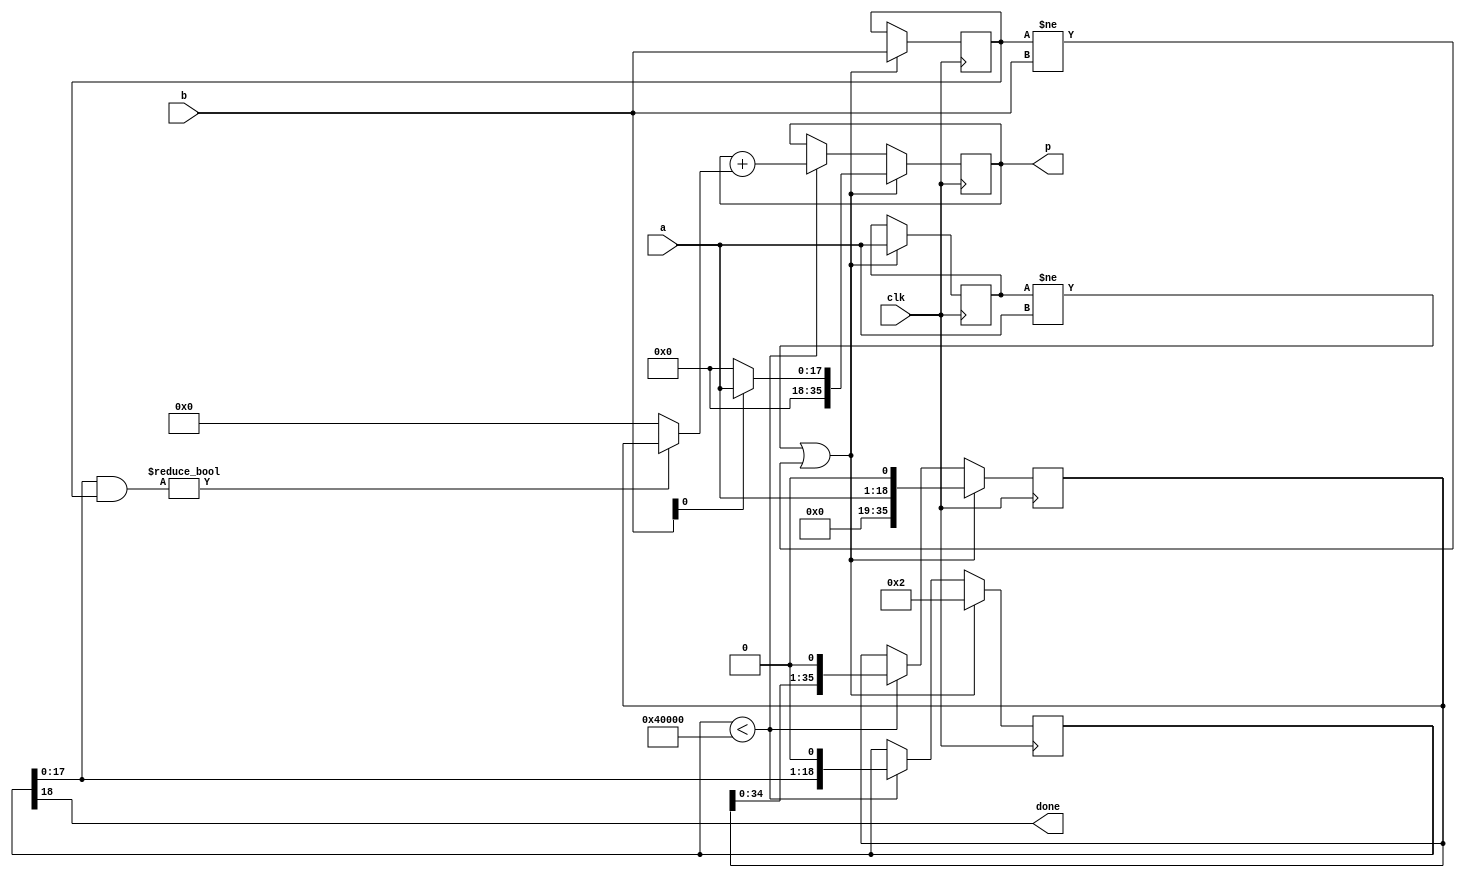
/***************************************************************************************************
*  multiplier.v
*
***************************************************************************************************/

module multiplier (
  input clk,
  input [17:0] a,
  input [17:0] b,
  output [35:0] p,
  output done
);

  reg [17:0] old_a;
  reg [17:0] old_b;
  reg [35:0] shift_a;
  reg [35:0] product;
  reg [18:0] bindex;
  assign p = product;
  assign done = bindex[18];
  

  always @(posedge clk) begin
    if ((old_a != a) || (old_b != b)) begin
	  bindex <= 19'h00001 << 1;
	  product <= {18'h00000, b[0] ? a : 18'h00000};
	  old_a <= a;
	  old_b <= b;
	  shift_a <= a << 1;
    end else if (bindex < 19'h40000) begin
	  product <= product + ((bindex[17:0] & old_b) ? shift_a : 0);
	  bindex <= bindex << 1;
	  shift_a <= shift_a << 1;
    end
  end

endmodule